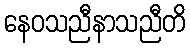
နေဝသညီနာသညီတိ